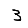
Digit: 3